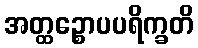
အတ္ထဉ္စောပပရိက္ခတိ